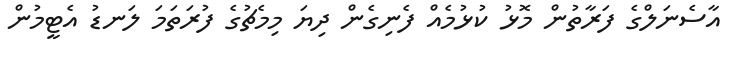
އާސެނަލްގެ ފަރާތުން މޮޅު ކުޅުމެއް ފެނިގެން ދިޔަ މިމެޗުގެ ފުރަތަމަ ލަނޑު އެޓީމުން